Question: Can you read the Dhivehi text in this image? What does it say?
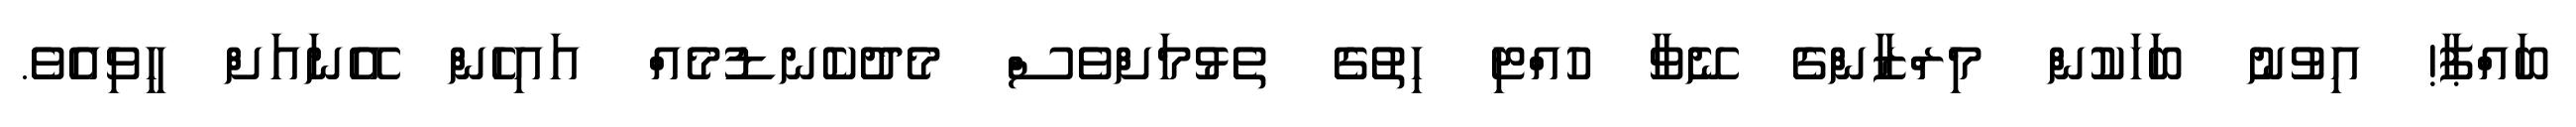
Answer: ބައްޕާ! އިވުނު ބަހަކުން މިރްޒާންގެ ނޭވާ ހުއްޓި ހިތުގެ ތެޅުމަށްވެސް މެދުކެނޑުމެއް އައިހެން އޭނައަށް ހީވިއެވެ.